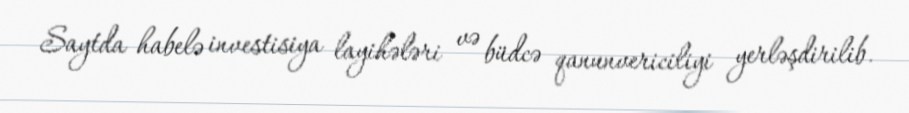
Saytda habelə investisiya layihələri və büdcə qanunvericiliyi yerləşdirilib.